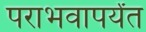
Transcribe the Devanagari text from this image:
पराभवापर्यंत